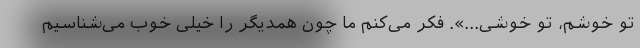
تو خوشم، تو خوشی...». فکر می‌کنم ما چون همدیگر را خیلی خوب می‌شناسیم